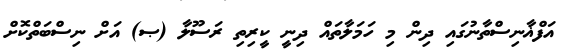
އަފްޣާނިސްތާނުގައި ދިން މި ހަމަލާތައް ދިނީ ކީރިތި ރަސޫލާ (ޞ) އަށް ނިސްބަތްކޮށް